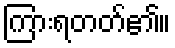
ကြားရတတ်၏။